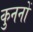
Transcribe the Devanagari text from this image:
कुननों